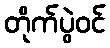
တိုက်ပွဲဝင်